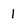
Character: 1